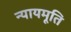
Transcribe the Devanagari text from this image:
न्यायमूति